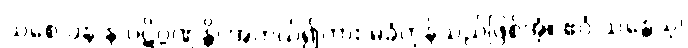
သစေ ပန န ပဋိဂ္ဂဏှန္တိ၊ အကယ်၍ကား မခံကုန်သည်ဖြစ်အံ့။ ဧဝံ သန္တေသု၊